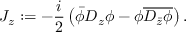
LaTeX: J _ { z } : = - \frac { i } { 2 } \left( \bar { \phi } D _ { z } \phi - \phi \overline { { { D _ { \bar { z } } \phi } } } \right) .